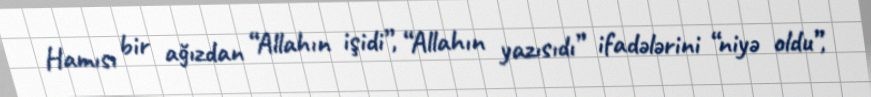
Hamısı bir ağızdan “Allahın işidi”, “Allahın yazısıdı” ifadələrini “niyə oldu”,